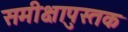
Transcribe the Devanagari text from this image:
समीक्षापुस्तक